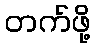
တက်ဖို့